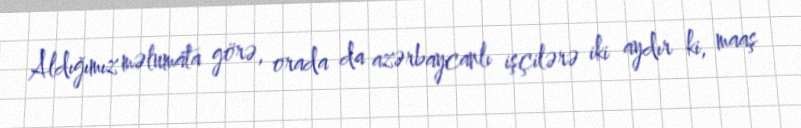
Aldığımız məlumata görə, orada da azərbaycanlı işçilərə iki aydır ki, maaş